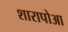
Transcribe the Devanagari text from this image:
शारापोआ